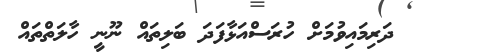
ދަރިމައިވުމަށް ހުރަސްއަޅާފަދަ ބަލިތައް ނޫނީ ހާލަތްތައް